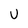
Character: U